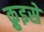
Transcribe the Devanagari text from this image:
क्रुइसे